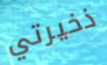
ذخيرتي